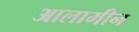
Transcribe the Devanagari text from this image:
आलामीन